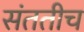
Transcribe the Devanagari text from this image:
संततीच